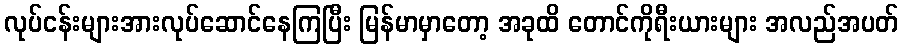
လုပ်ငန်းများအားလုပ်ဆောင်နေကြပြီး မြန်မာမှာတော့ အခုထိ တောင်ကိုရီးယားများ အလည်အပတ်